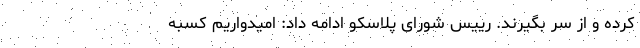
کرده و از سر بگیرند. رییس شورای پلاسکو ادامه داد: امیدواریم کسبه